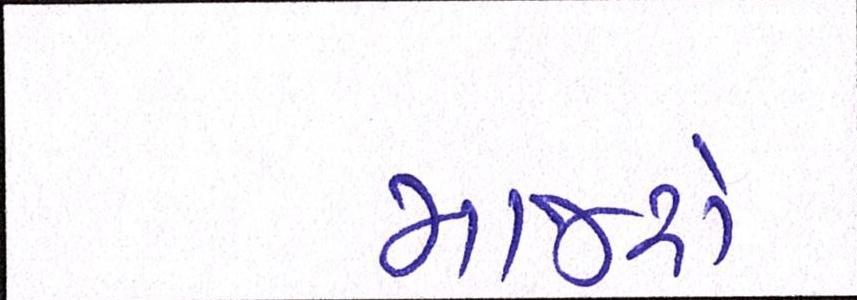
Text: માજરો